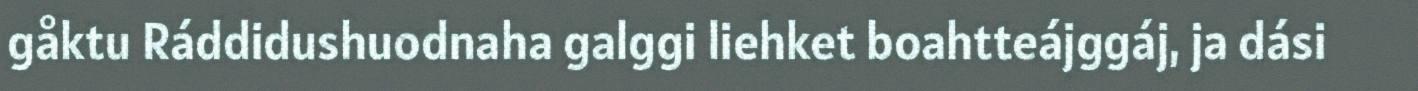
gåktu Ráddidushuodnaha galggi liehket boahtteájggáj, ja dási